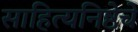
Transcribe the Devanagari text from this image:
साहित्यनिष्ठेचे